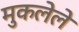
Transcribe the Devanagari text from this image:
मुकलेले